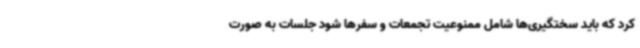
کرد که باید سختگیری‌ها شامل ممنوعیت تجمعات و سفرها شود جلسات به صورت